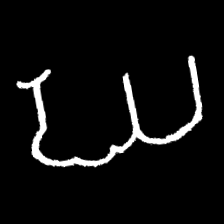
Pyu character \u2014 Myanmar letter: ဃ (romanized: gha)